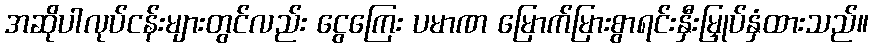
အဆိုပါလုပ်ငန်းများတွင်လည်း ငွေကြေး ပမာဏ မြောက်မြားစွာရင်းနှီးမြှုပ်နှံထားသည်။